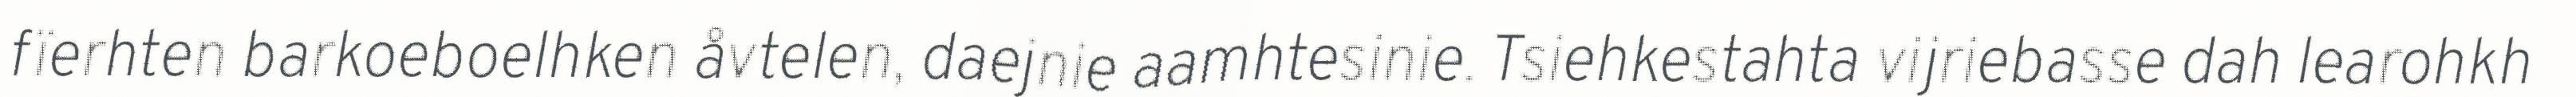
fïerhten barkoeboelhken åvtelen, daejnie aamhtesinie. Tsiehkestahta vijriebasse dah learohkh